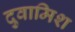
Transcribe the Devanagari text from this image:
दुवामिश